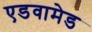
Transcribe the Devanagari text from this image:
एडवामेड